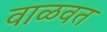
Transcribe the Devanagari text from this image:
वाळवत